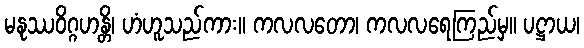
မနုဿဝိဂ္ဂဟန္တိ၊ ဟံဟူသည်ကား။ ကလလတော၊ ကလလရေကြည်မှ။ ပဋ္ဌာယ၊